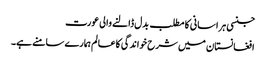
جنسی ہراسانی کا مطلب بدل ڈالنے والی عورت
افغانستان میں شرح خواندگی کاعالم ہمارے سامنے ہے۔